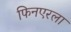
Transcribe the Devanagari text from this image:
फिनएरला